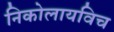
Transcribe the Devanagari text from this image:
निकोलायविच